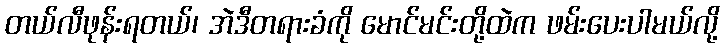
တယ်လီဖုန်းရတယ်၊ အဲဒီတရားခံကို မောင်မင်းတို့ထဲက ဖမ်းပေးပါမယ်လို့